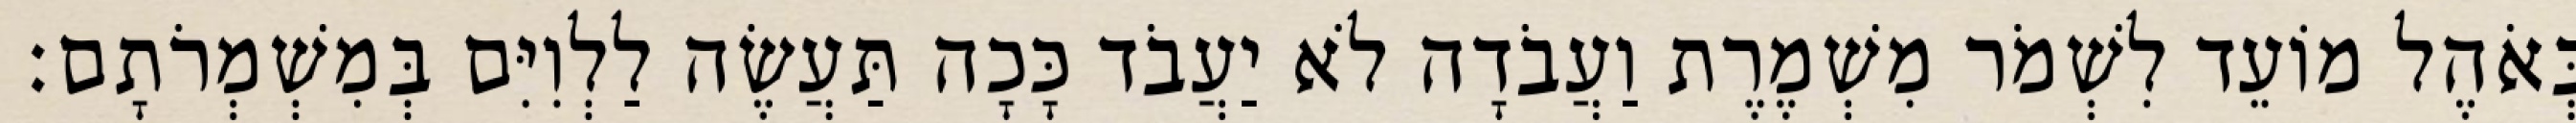
בְּאֹהֶל מוֹעֵד לִשְׁמֹר מִשְׁמֶרֶת וַעֲבֹדָה לֹא יַעֲבֹד כָּכָה תַּעֲשֶׂה לַלְוִיִּם בְּמִשְׁמְרֹתָם׃